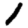
Digit: 1